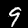
Label: 9